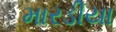
મારડીયા